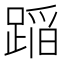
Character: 𨂻